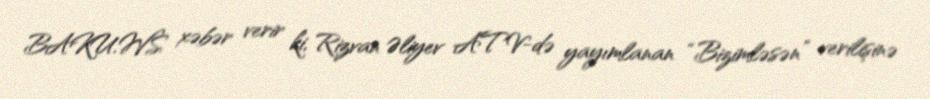
BAKU.WS xəbər verir ki, Rizvan Əliyev ATV-də yayımlanan “Bizimləsən” verilişinə